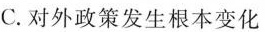
C. 对外政策发生根本变化